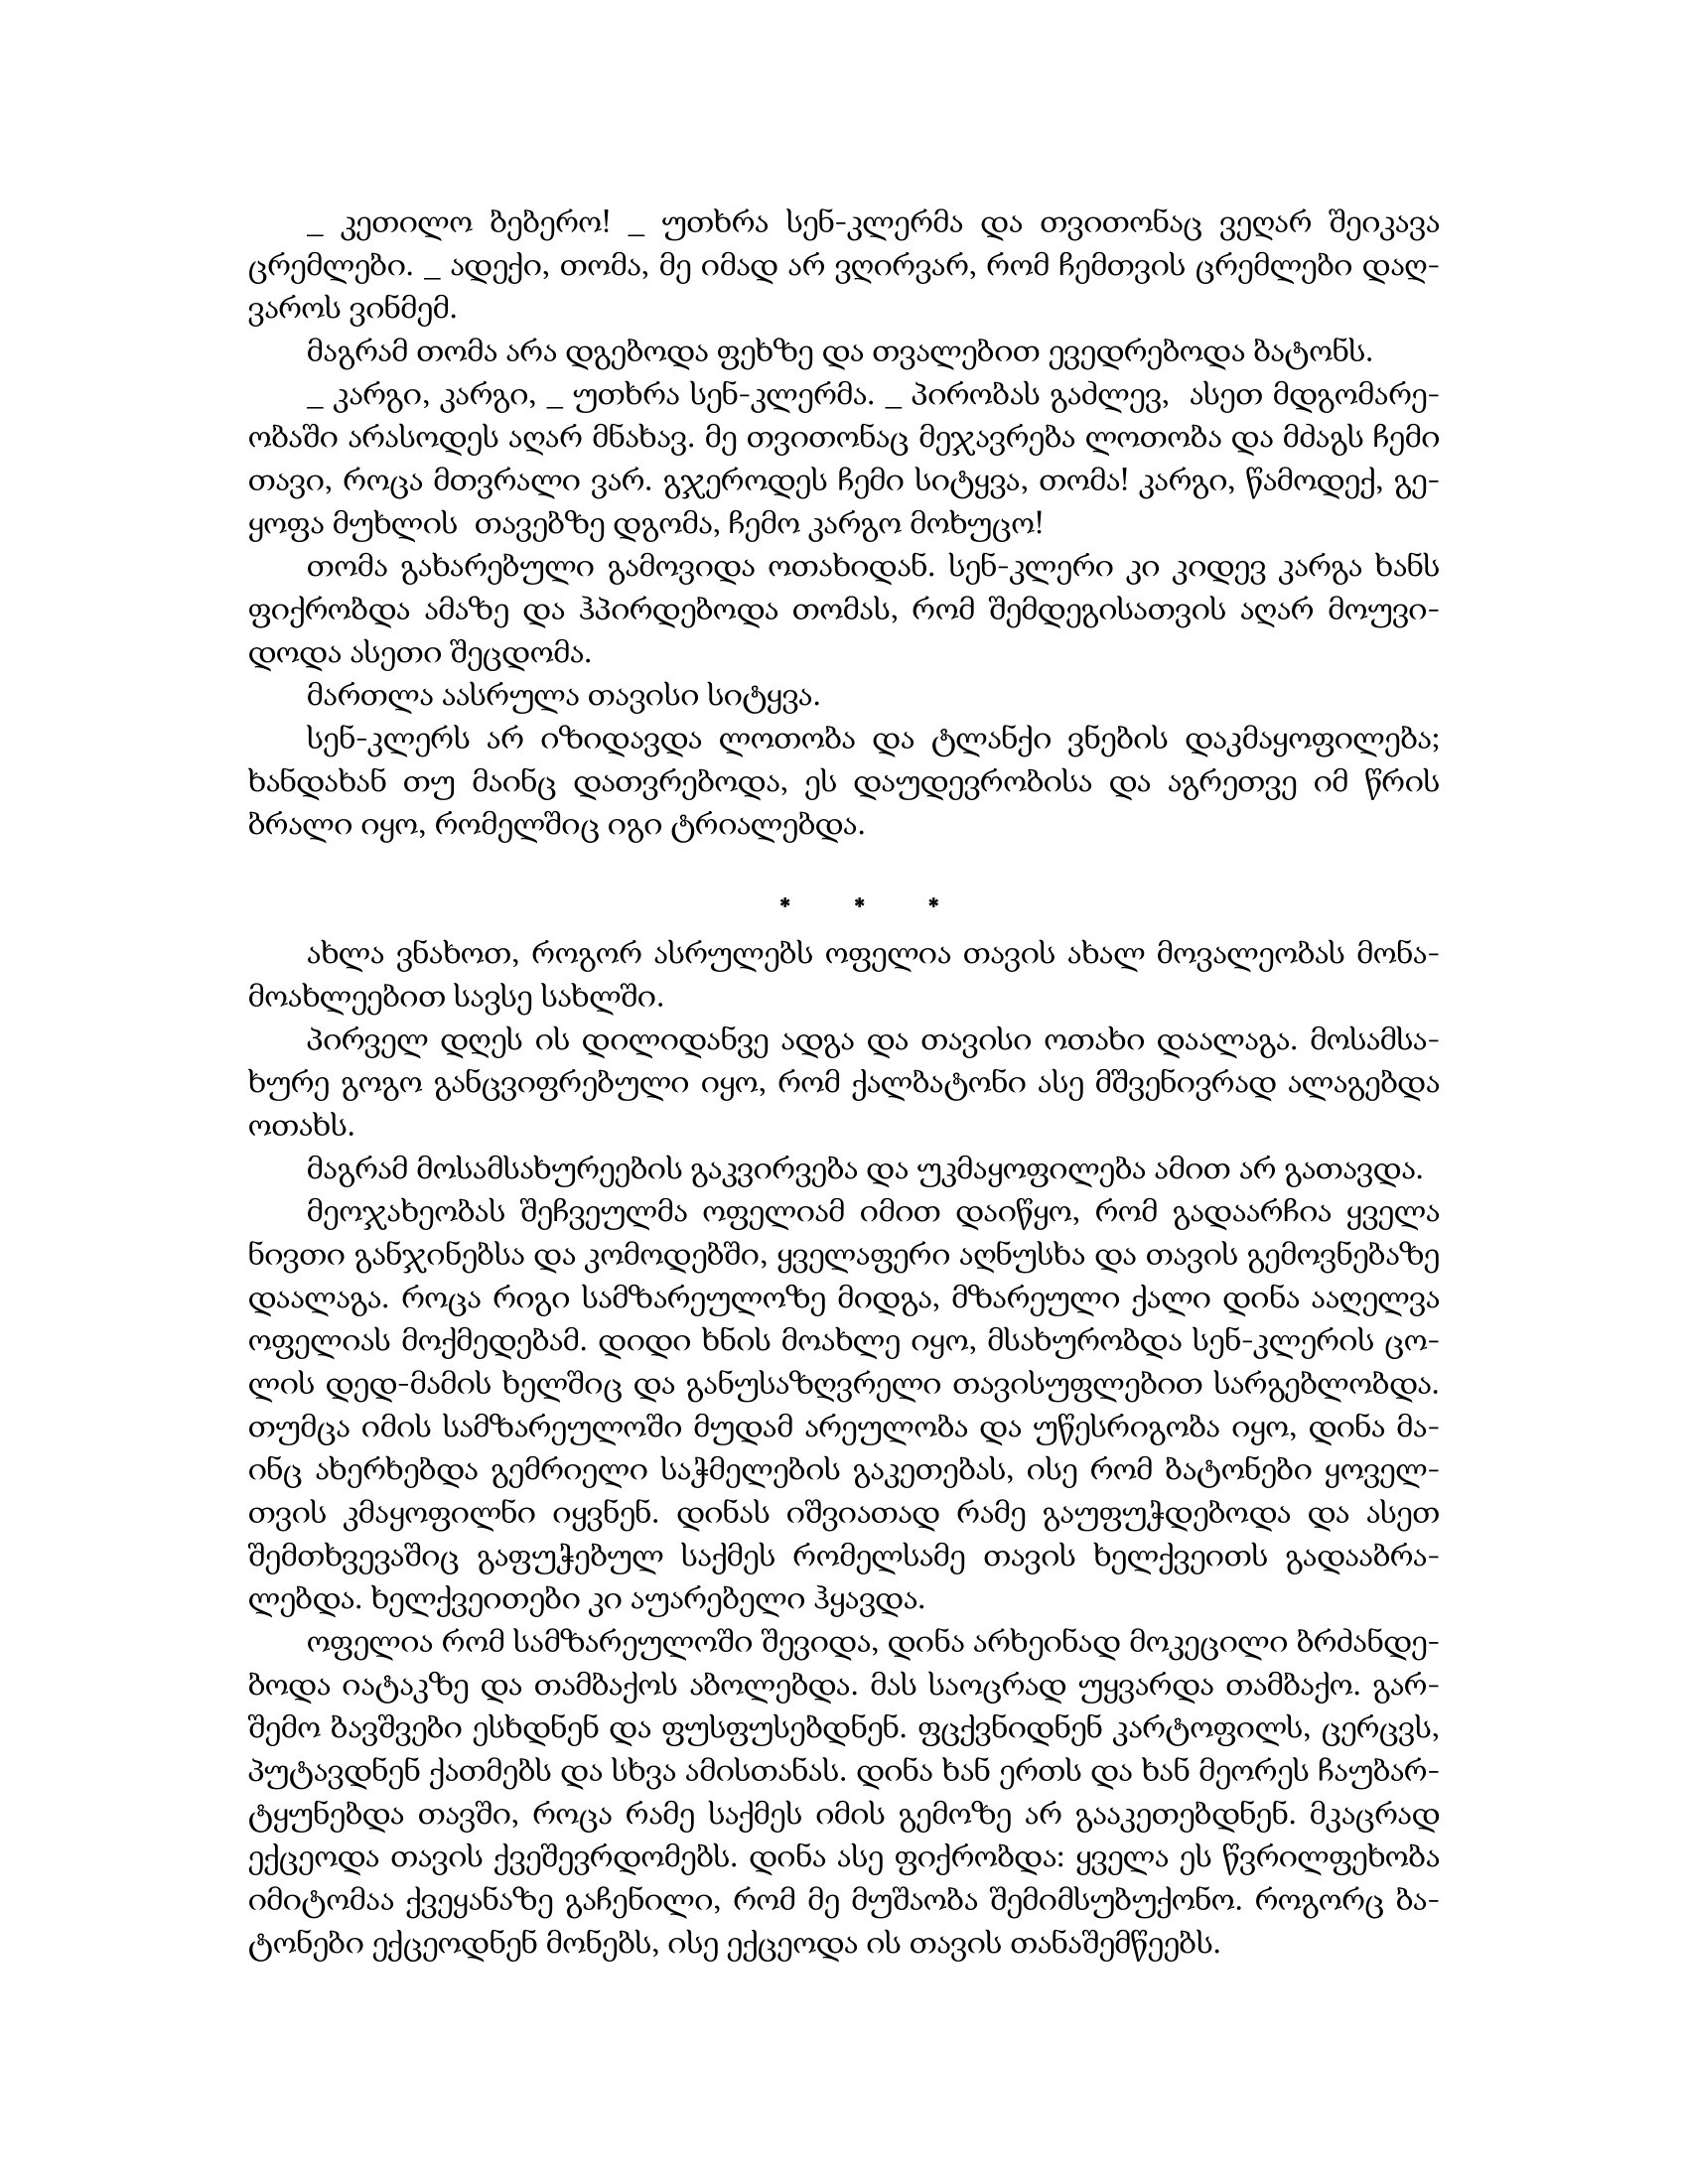
Language: gr